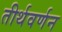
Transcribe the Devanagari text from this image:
तीर्थवर्णन